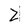
Character: Z